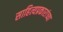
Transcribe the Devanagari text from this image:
साहित्यप्रकारांच्या